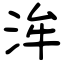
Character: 洠